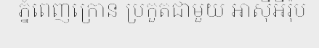
ភ្នំពេញក្រោន ប្រកួតជាមួយ អាស៊ីអឺរ៉ុប